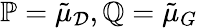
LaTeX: \mathbb{P}=\tilde{\mu}_{\mathcal{D}},\mathbb{Q}=\tilde{\mu}_{G}